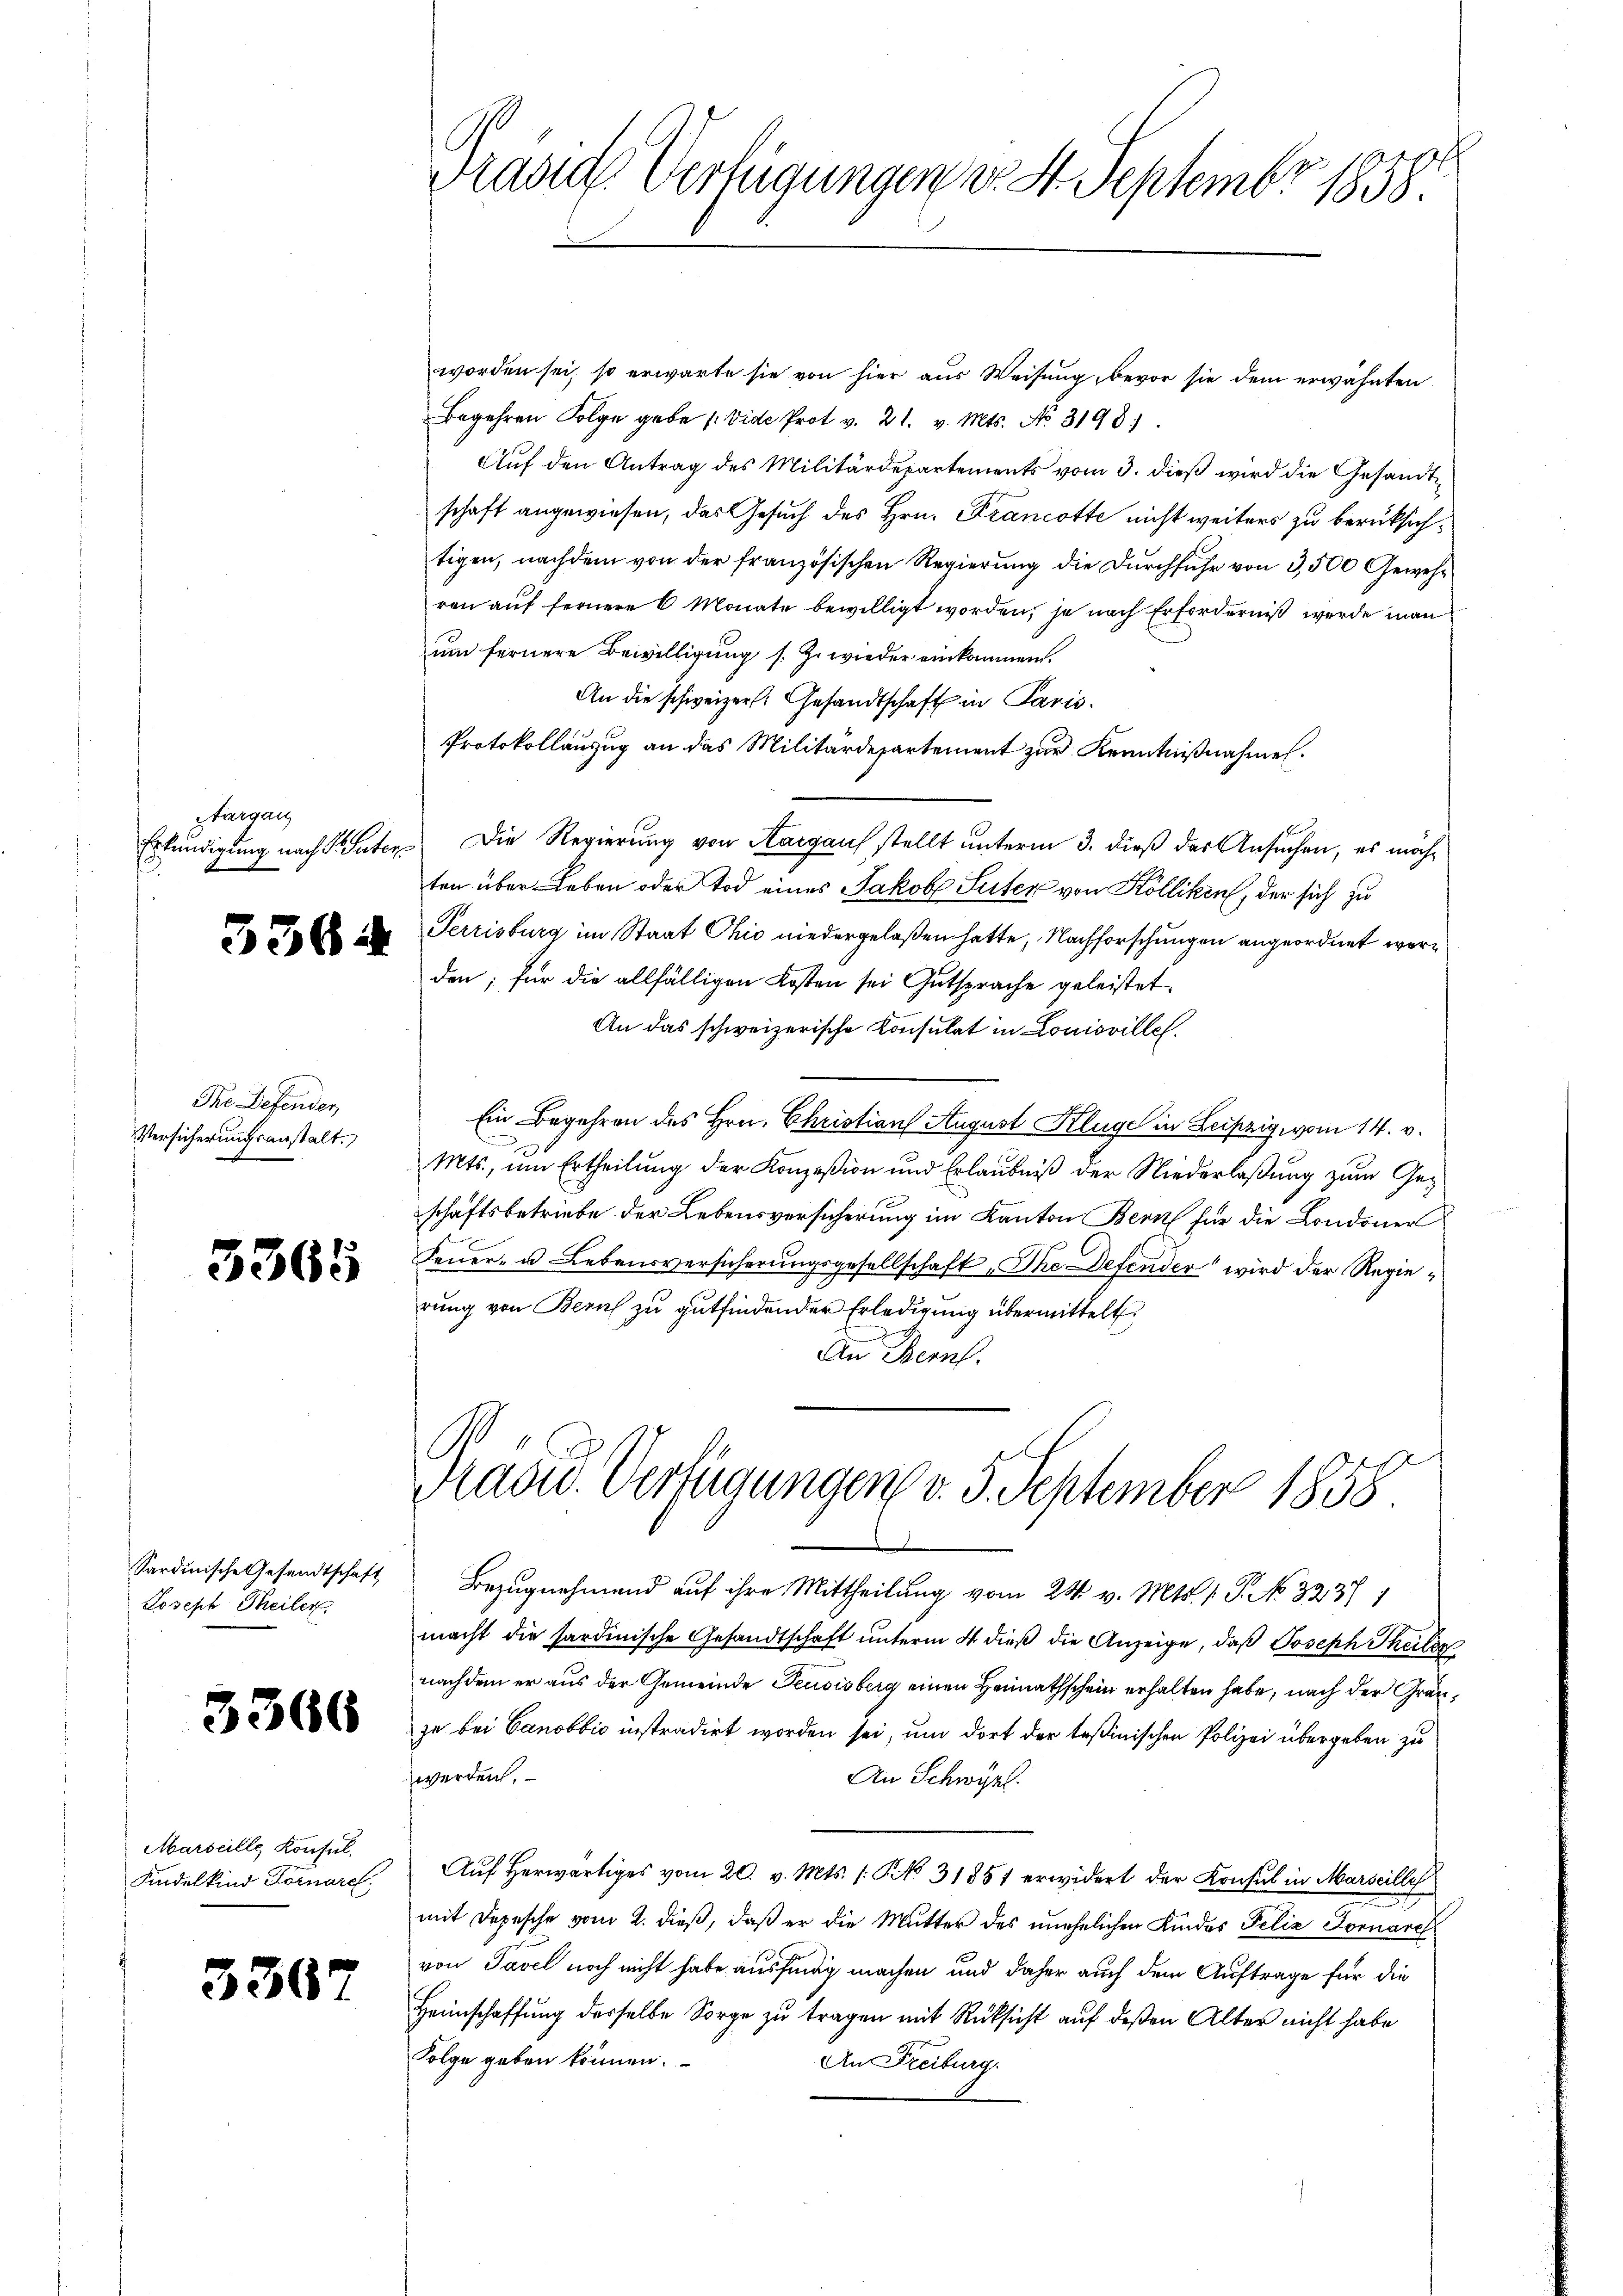
targan
Erkundigung nach P. Suter

3364

Dre Defenden,
Versicherungsanstalt.

3365

Sardinische Gesandtschaft
Joseph Theilen.

3360

Marseille Konsul
Kindelkind Fornare,

3367

worden sei, so erwarte sie von hier aus Weisung bevor sie dem erwähnten
Begehren Folge gebe (vide Prot v. 21. v. Mts. No. 3198)
Auf den Antrag des Militärdepartements vom 3. dieß wird die Gesandtschaft angewiesen, das Gesuch des Hrn. Francotte nicht weiters zu berüksichtigen, nachdem von der französischen Regierung die Durchfuhr von 3,500 Gewehren auf fernere 6 Monate bewilligt worden, je nach Erforderniß werde man
um fernere Bewilligung s. Z. wieder einkommen.
An die schweizer. Gesandtschaft in Paris.
Protokollauszug an das Militärdepartement zur Kenntnißnahmen.
Die Regierung von Aargaus stellt unterm 3. dieß das Ansuchen, es möchten über Leben oder Tod eines Jakob Suter von Kölliken, der sich zu
Perrisburg im Staat Ohio niedergelaßen hatte, Nachforschungen angeordnet worden; für die allfälligen Kosten sei Gutsprache geleistet
An das schweizerische Konsulat in Louisville.
Ein Begehren des Hrn. Christian August Kluge in Leipzig, vom 14. v.
n
Mts., um Ertheilung der Konzesion und Erlaubniß der Niederlaßung zum Geschaftsbetriebe der Lebensversicherung im Kanton Bern für die Londoner
Feuer- u Lebensversicherungsgesellschaft "Ihe Defender wird der Regie¬
7
rung von Beruf zu gutfindender Erledigung übermittelt.
An Bern.

Bezugnehmend auf ihre Mittheilung vom 24. v. Mts. 1. P. No. 3237/
macht die sardinische Gesandtschaft unterm 4. dieß die Anzeige, daß Joseph Theiles
nachdem er aus der Gemeinde Feusisberg einen Heimathschein erhalten habe, nach der Grauze bei Canobbić instradirt worden sei, um dort der Teßinischen Polizei übergeben zu
werden.
An Schwyzl.
Aŭf herwärtiges vom 20. v. Mts. No. 31851 erwidert der Konsul in Marseille
mit Depesche vom 2. dieß, daß er die Mutter des unehelichen Kindes Felix Dornare
von Tavel noch nicht habe ausfündig machen und daher auch dem Auftrage für die
Heimschaffung derselbe Sorge zu tragen mit Rücksicht auf deßen Alter nicht habe
Folge geben können.
An Freiburg.

Tradid. Verfügungen v. St. Septembr 1858.

Präsid. Verfügungen v. 5. September 1858
.